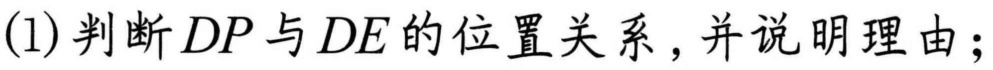
(1)判断\(DP\)与\(DE\)的位置关系，并说明理由；